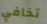
تخافي